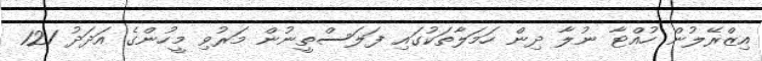
އިޒްރޭލުން ހުއްޓާ ނުލާ ދިން ހަމަލާތަކުގައި ފަލަސްތީނުން މަރުވި މީހުންގެ އަދަދު 121